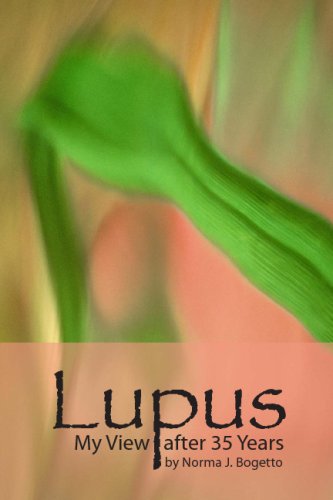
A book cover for Lupus - My View After 35 Years; Norma J. Bogetto; Health, Fitness & Dieting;